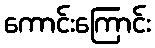
ကောင်းကြောင်း